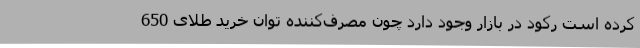
کرده است رکود در بازار وجود دارد چون مصرف‌کننده توان خرید طلای 650